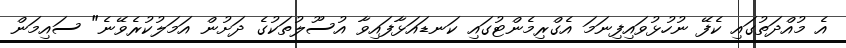
އެ މުއްދަތުގައި ކެފޭ ނުހުޅުވައިފިނަމަ އެގްރިމެންޓުގައި ކަނޑައަޅާފައިވާ އުސޫލުތަކުގެ ދަށުން އަމަލުކުރެވޭނެ" ސައިމަން